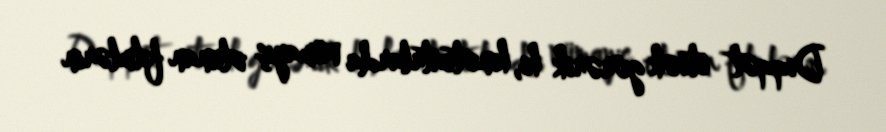
Diqqət etsək görərik ki, kinoteatrlarda nümayiş olunan filmlərin